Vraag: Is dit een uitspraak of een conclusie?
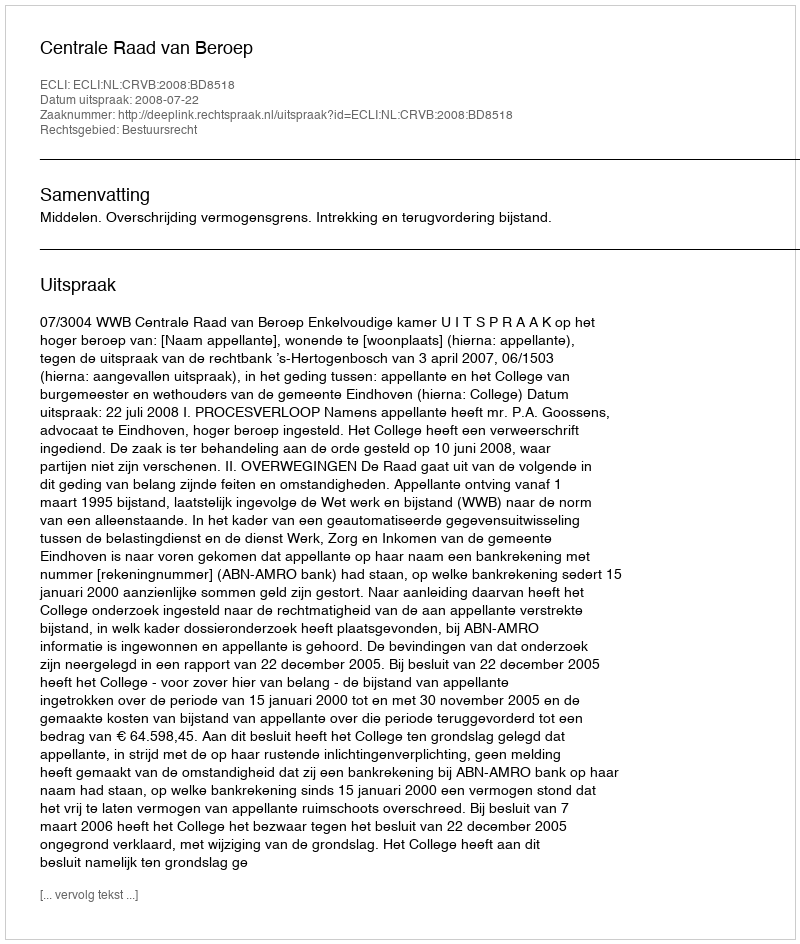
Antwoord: Uitspraak